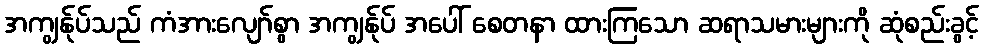
အကျွန်ုပ်သည် ကံအားလျော်စွာ အကျွန်ုပ် အပေါ် စေတနာ ထားကြသော ဆရာသမားများကို ဆုံစည်းခွင့်